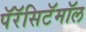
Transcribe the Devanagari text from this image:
पॅरॅसिटॅमॉल